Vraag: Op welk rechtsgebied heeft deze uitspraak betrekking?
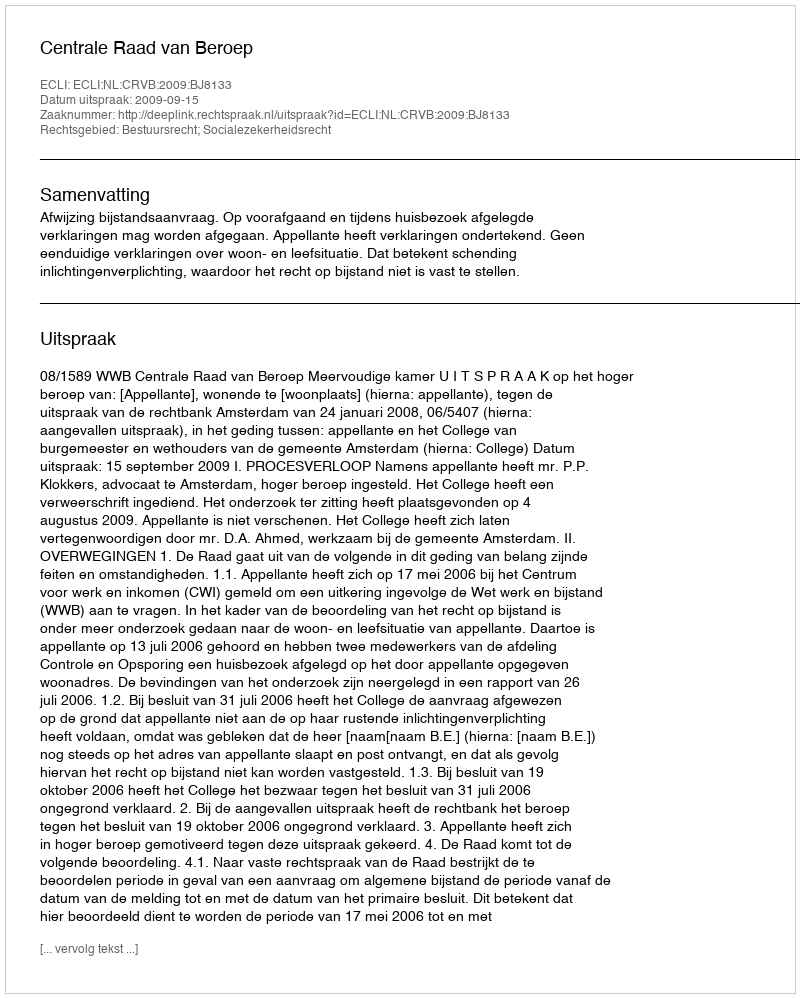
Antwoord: Bestuursrecht; Socialezekerheidsrecht